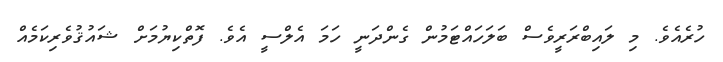
ހުރެއެވެ. މި ލައިބްރަރީވެސް ބަލަހައްޓަމުން ގެންދަނީ ހަމަ އެލްސީ އެވެ. ފޮތްކިޔުމަށް ޝައުޤުވެރިކަމެއް